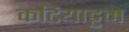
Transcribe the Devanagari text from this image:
कटियाट्टम